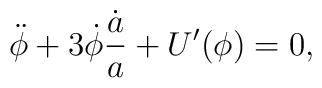
\ddot \phi + 3 \dot \phi \frac{\dot a}{a} + U'(\phi) = 0,